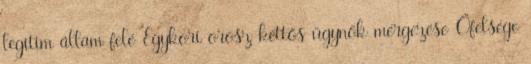
legitim állam felé Egykori orosz kettős ügynök mérgezése Őfelsége